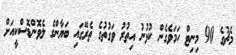
މެޗުގެ 90 މިނިޓް ހަމަވެގެން ކުޅުނު އިތުރު ވަގުތުގެ ތެރޭގައި ބަޔާންގެ ލެވޮންޑޮސްކީއަށް